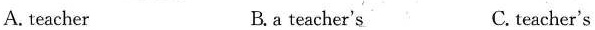
A.teacher B.a teacher's C. teacher's